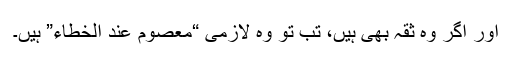
اور اگر وہ ثقہ بھی ہیں، تب تو وہ لازمی “معصوم عند الخطاء” ہیں۔